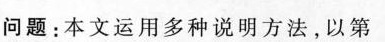
问题：本文运用多种说明方法，以第